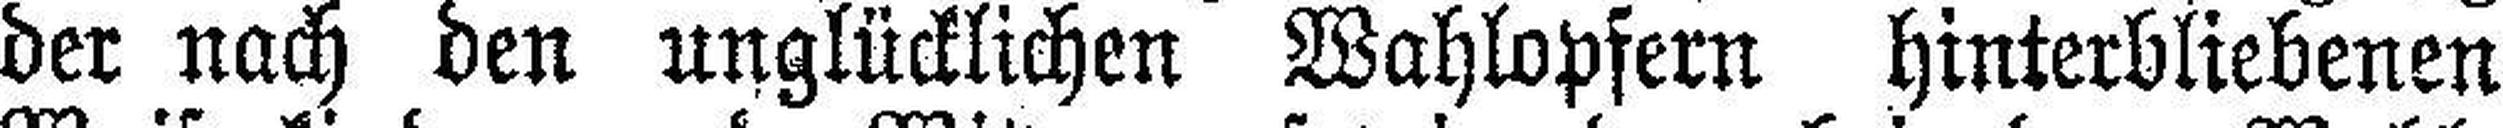
der nach den unglücklichen Wahlopfern Hinterbliebenen